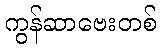
ကွန်ဆာဗေးတစ်